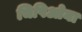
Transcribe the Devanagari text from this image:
चिपिओना